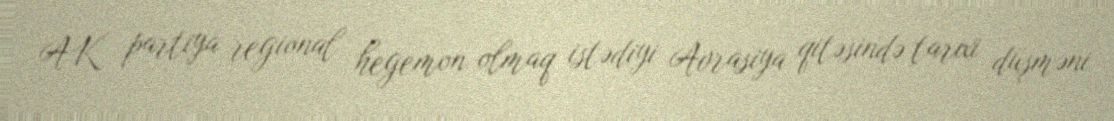
AK partiya regional hegemon olmaq istədiyi Avrasiya qitəsində tarixi düşməni